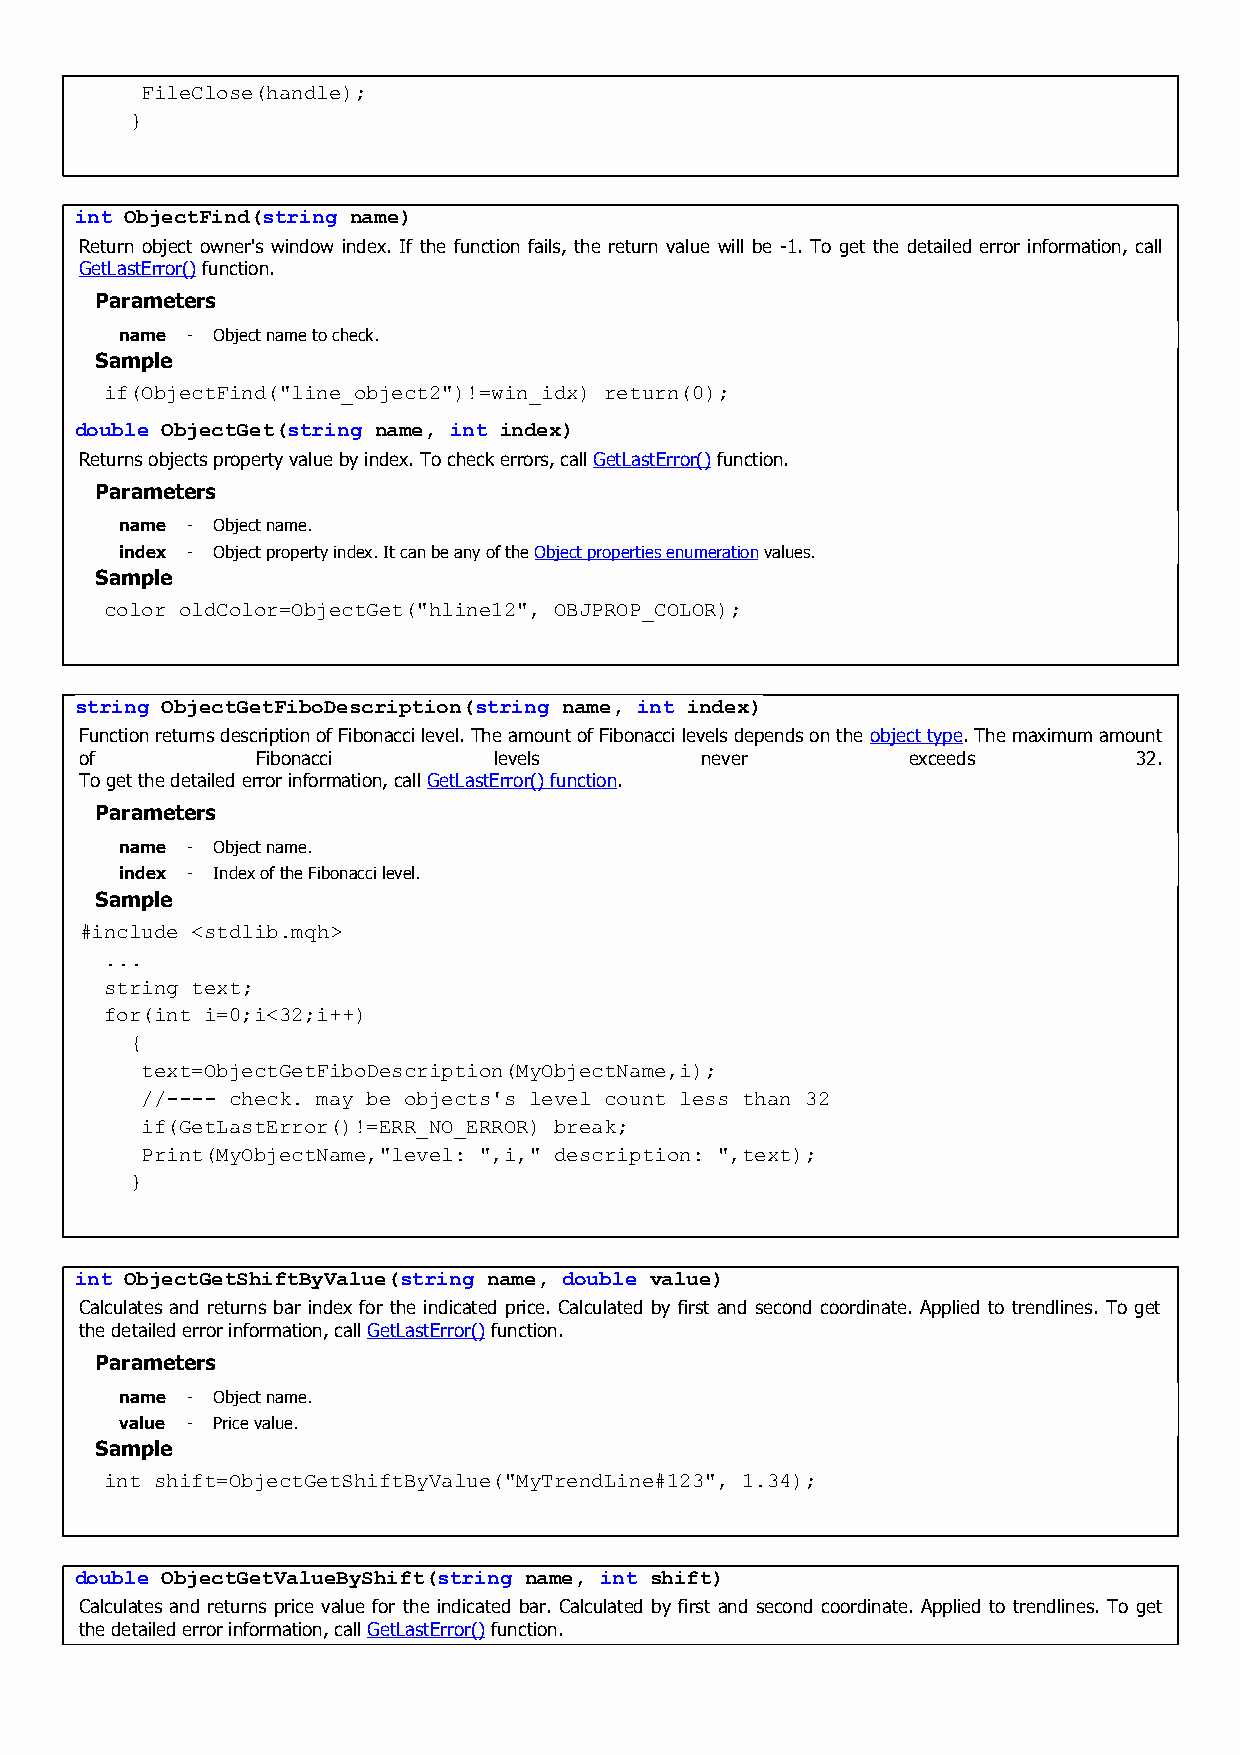
FileClose(handle);
 }
 int ObjectFind(string name)
 Return object owner's window index. If the function fails, the return value will be -1. To get the detailed error information, call
 GetLastError() function.
 Parameters
 name - Object name to check.
 Sample
 if(ObjectFind("line_object2")!=win_idx) return(0);
 double ObjectGet(string name, int index)
 Returns objects property value by index. To check errors, call GetLastError() function.
 Parameters
 name - Object name.
 index - Object property index. It can be any of the Object properties enumeration values.
 Sample
 color oldColor=ObjectGet("hline12", OBJPROP_COLOR);
 string ObjectGetFiboDescription(string name, int index)
 Function returns description of Fibonacci level. The amount of Fibonacci levels depends on the object type. The maximum amount
 of          Fibonacci       levels       never         exceeds        32.
 To get the detailed error information, call GetLastError() function.
 Parameters
 name - Object name.
 index - Index of the Fibonacci level.
 Sample
 #include <stdlib.mqh>
 ...
 string text;
 for(int i=0;i<32;i++)
 {
 text=ObjectGetFiboDescription(MyObjectName,i);
 //---- check. may be objects's level count less than 32
 if(GetLastError()!=ERR_NO_ERROR) break;
 Print(MyObjectName,"level: ",i," description: ",text);
 }
 int ObjectGetShiftByValue(string name, double value)
 Calculates and returns bar index for the indicated price. Calculated by first and second coordinate. Applied to trendlines. To get
 the detailed error information, call GetLastError() function.
 Parameters
 name - Object name.
 value - Price value.
 Sample
 int shift=ObjectGetShiftByValue("MyTrendLine#123", 1.34);
 double ObjectGetValueByShift(string name, int shift)
 Calculates and returns price value for the indicated bar. Calculated by first and second coordinate. Applied to trendlines. To get
 the detailed error information, call GetLastError() function.